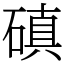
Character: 磌